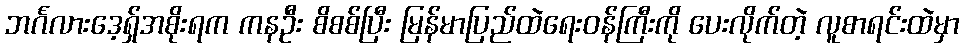
ဘင်္ဂလားဒေ့ရှ်အစိုးရက ကနဦး စိစစ်ပြီး မြန်မာပြည်ထဲရေးဝန်ကြီးကို ပေးလိုက်တဲ့ လူစာရင်းထဲမှာ